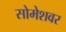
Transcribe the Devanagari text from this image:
सोमेशवर